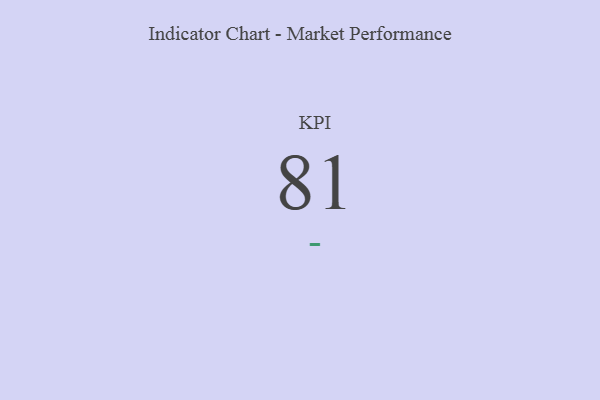
{"axis": {"x": "KPI", "y": "Value"}, "legend": [""], "data": [{"x": "KPI", "y": 81, "type": ""}]}